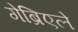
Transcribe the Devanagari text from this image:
गेब्रिएले